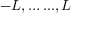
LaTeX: - L , \dots . . . , L